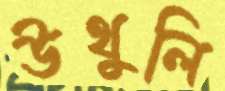
উথুলি